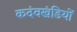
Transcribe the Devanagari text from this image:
कदंवखंडियों